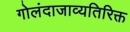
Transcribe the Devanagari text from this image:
गोलंदाजाव्यतिरिक्त